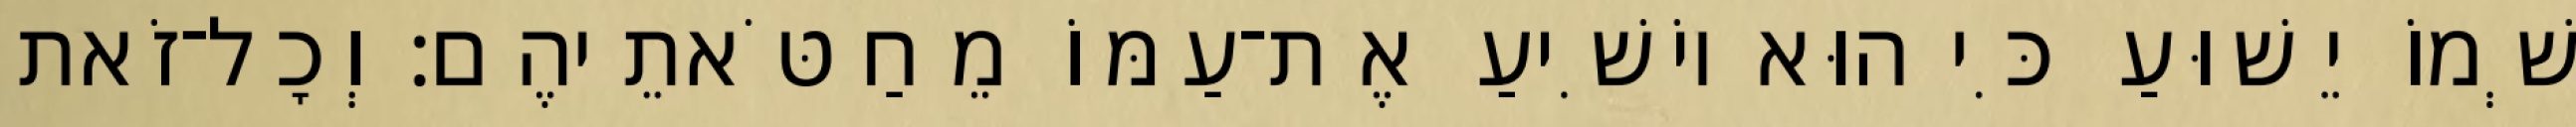
שְׁמוֹ יֵשׁוּעַ כִּי הוּא יוֹשִׁיעַ אֶת־עַמּוֹ מֵחַטֹּאתֵיהֶם׃ וְכָל־זֹאת